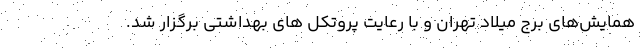
همایش‌های برج میلاد تهران و با رعایت پروتکل های بهداشتی برگزار شد.